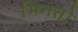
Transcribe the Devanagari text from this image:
मिनतो